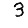
Digit: 3